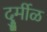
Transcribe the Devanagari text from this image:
दुर्र्मीळ